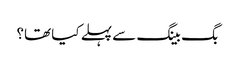
بگ بینگ سے پہلے کیا تھا؟